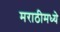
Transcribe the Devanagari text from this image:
मराठीमध्‍ये